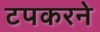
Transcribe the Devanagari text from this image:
टपकरने